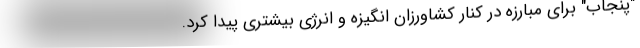
"پنجاب" برای مبارزه در کنار کشاورزان انگیزه و انرژی بیشتری پیدا کرد.